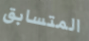
المتسابق